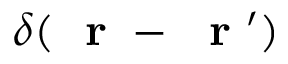
\delta ( \mathrm { ~ \bf ~ r ~ } - \mathrm { ~ \bf ~ r ~ } ^ { \prime } )